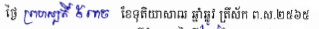
ថ្ងៃ ព្រហស្បតិ៍ ៥រោច ខែទុតិយាសាឍ ឆ្នាំឆ្លូវ ត្រីស័ក ព. ស.២៥៦៥